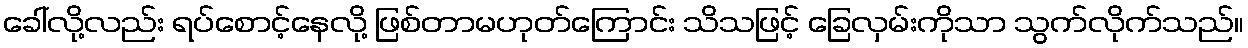
ခေါ်လို့လည်း ရပ်စောင့်နေလို့ ဖြစ်တာမဟုတ်ကြောင်း သိသဖြင့် ခြေလှမ်းကိုသာ သွက်လိုက်သည်။